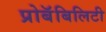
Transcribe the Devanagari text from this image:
प्रोबॅबिलिटी